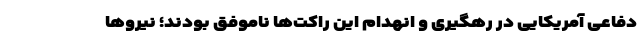
دفاعی آمریکایی‌ در رهگیری و انهدام این راکت‌ها ناموفق بودند؛ نیروها